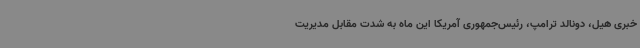
خبری هیل، دونالد ترامپ، رئیس‌جمهوری آمریکا این ماه به شدت مقابل مدیریت